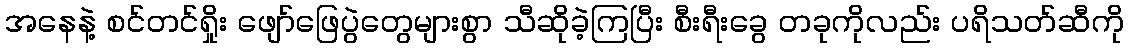
အနေနဲ့ စင်တင်ရှိုး ဖျော်ဖြေပွဲတွေများစွာ သီဆိုခဲ့ကြပြီး စီးရီးခွေ တခုကိုလည်း ပရိသတ်ဆီကို